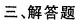
三、解答题